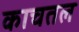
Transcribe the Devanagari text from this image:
काचतल